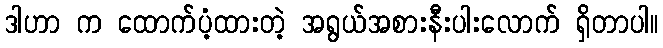
ဒါဟာ က ထောက်ပံ့ထားတဲ့ အရွယ်အစားနီးပါးလောက် ရှိတာပါ။